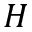
H